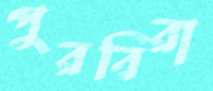
পুরবিরা